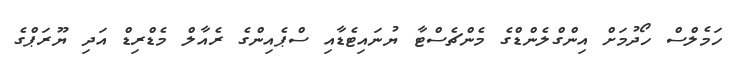
ހަމެލްސް ހޯދުމަށް އިންގްލެންޑްގެ މެންޗެސްޓާ ޔުނައިޓެޑާއި ސްޕެއިންގެ ރެއާލް މެޑްރިޑް އަދި ޔޫރަޕްގެ